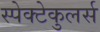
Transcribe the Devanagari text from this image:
स्पेक्टेकुलर्स